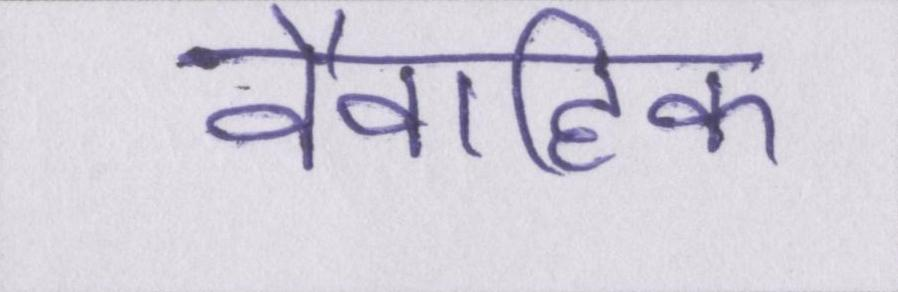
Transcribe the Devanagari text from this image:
वैवाहिक